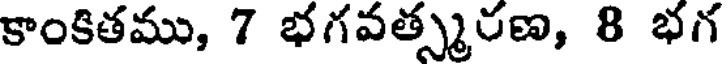
కాంకితము, 7 భగవత్స్మరణ, 8 భగ